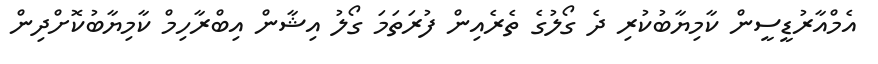
އެމްއާރުޑީސީން ކާމިޔާބުކުރި ދެ ގޯލުގެ ތެރެއިން ފުރަތަމަ ގޯލު އިޝާން އިބްރާހިމް ކާމިޔާބުކޮށްދިން